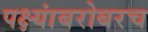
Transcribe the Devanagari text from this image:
पक्ष्यांबरोबरच